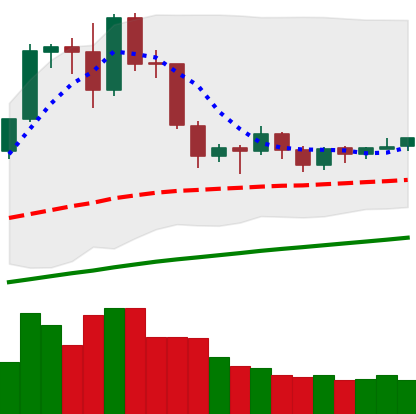
Ticker: EOS-USD
Chart end date: 2019-06-14
Forward return: 4.254%
Label: up_3_5